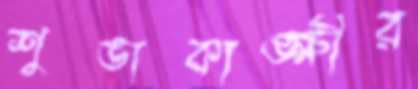
শুভাকাঙ্ক্ষীর